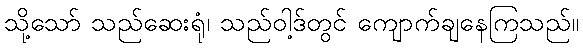
သို့သော် သည်ဆေးရုံ၊ သည်ဝါ့ဒ်တွင် ကျောက်ချနေကြသည်။